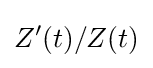
Z'(t)/Z(t)